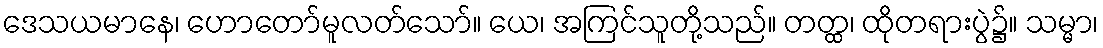
ဒေသယမာနေ၊ ဟောတော်မူလတ်သော်။ ယေ၊ အကြင်သူတို့သည်။ တတ္ထ၊ ထိုတရားပွဲ၌။ သမ္မာ၊